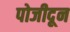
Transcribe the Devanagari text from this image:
पोजीदून